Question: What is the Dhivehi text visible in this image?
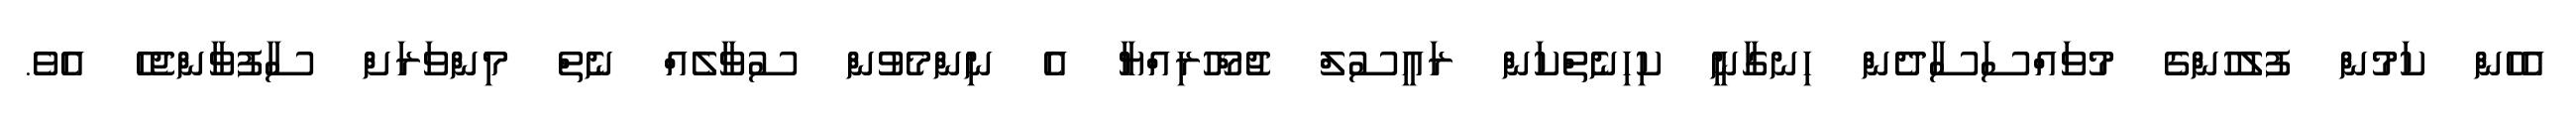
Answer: އެހެން ކަމުން ފުލުހުންގެ މުވައްސަސާދެން ހިނގާނީ ކިހިނެތްކަން ރައީސުލް ޖުމްހޫރިއްޔާ އެ ނިންމެވުން ސުވާލެއް ނެތް މިންވަރަށް ސާފުވާންޖެހެ އެވެ.